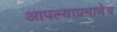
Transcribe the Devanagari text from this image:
आपल्याप्रमाणेच